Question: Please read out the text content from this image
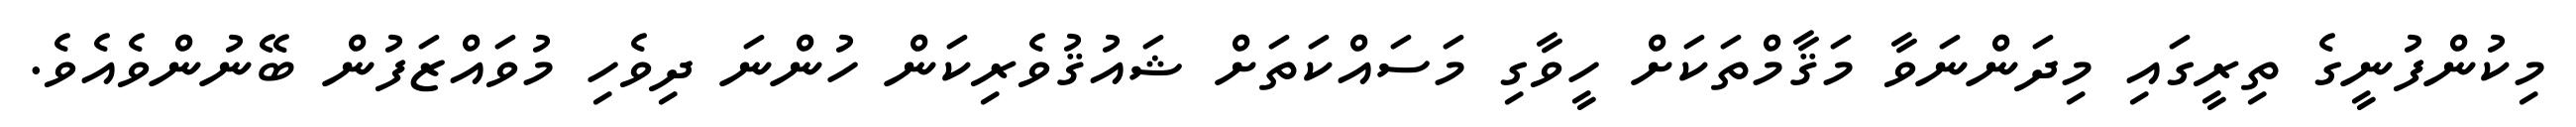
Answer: މިކުންފުނީގެ ތިރީގައި މިދަންނަވާ މަޤާމްތަކަށް ހީވާގި މަސައްކަތަށް ޝައުޤުވެރިކަން ހުންނަ ދިވެހި މުވައްޒަފުން ބޭނުންވެއެވެ.